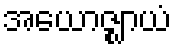
အယောဇ္ဈာယံ